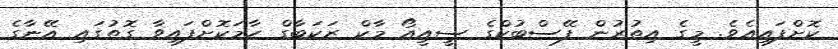
ކޮށްފައިއެވެ. މީގެ އިތުރުން ފޭސްބުކްގެ ސީއީއޯ މާކް ޒަކަބާގް ހާމަކޮށްފައިވާ ގޮތުގައި އޭނާގެ